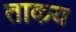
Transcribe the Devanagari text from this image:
ताकय